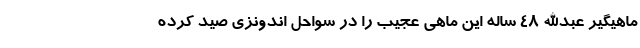
ماهیگیر عبدالله ۴۸ ساله این ماهی عجیب را در سواحل اندونزی صید کرده